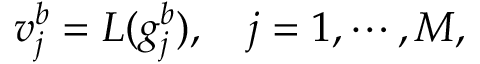
v _ { j } ^ { b } = L ( g _ { j } ^ { b } ) , \quad j = 1 , \cdots , M ,